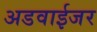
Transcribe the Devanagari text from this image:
अडवाईजर